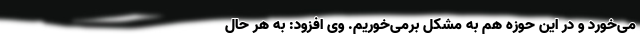
می‌خورد و در این حوزه هم به مشکل برمی‌خوریم. وی افزود: به هر حال